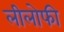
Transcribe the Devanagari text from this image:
लीलोफी